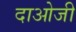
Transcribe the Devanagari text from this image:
दाओजी